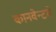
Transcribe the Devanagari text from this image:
कानवेन्टमे